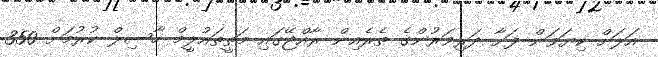
އަލަށް ކިޔަވަން ފަށާ ދަރިވަރުންގެ ތެރެއިން ރާއްޖޭގައި މަތީތައުލީމް ހާސިލް ކުރުމަށް 350